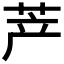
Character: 𱽤